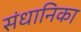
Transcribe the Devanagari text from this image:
संधानिका